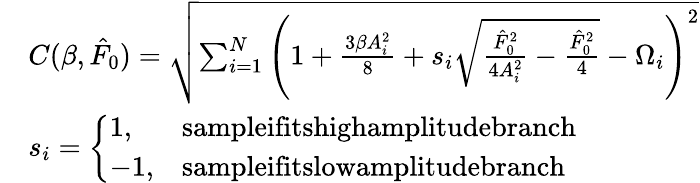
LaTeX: \begin{array}{rl}&{C(\beta,\hat{F}_{0})=\sqrt{\sum_{i=1}^{N}{\left(1+\frac{3\beta A_{i}^{2}}{8}+s_{i}\sqrt{\frac{\hat{F}_{0}^{2}}{4A_{i}^{2}}-\frac{\hat{F}_{0}^{2}}{4}}-\Omega_{i}\right)^{2}}}}\\ &{s_{i}=\left\{ \begin{array}{ll}{1,}&{\textrm{sampleifitshighamplitudebranch}}\\ {-1,}&{\textrm{sampleifitslowamplitudebranch}}\end{array}\right.}\end{array}